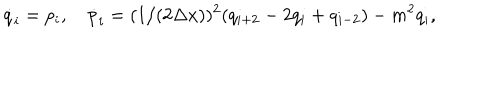
\dot { q } _ { i } = p _ { i } , \quad \dot { p } _ { i } = ( 1 / ( 2 \Delta x ) ) ^ { 2 } ( q _ { i + 2 } - 2 q _ { i } + q _ { i - 2 } ) - m ^ { 2 } q _ { i } ,